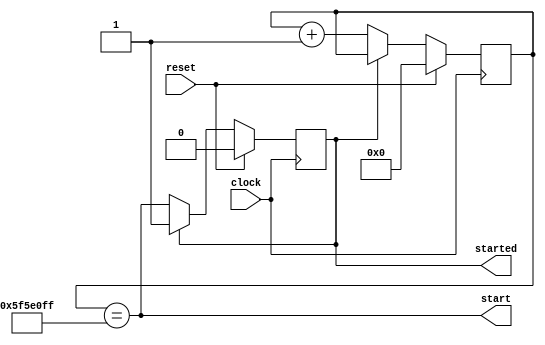
`default_nettype none

module start_timer(
	clock,
	reset,
	start,
	started
);

	parameter TIME = 32'd100000000; // 0.5s

	input wire clock;
	input wire reset;
	output reg start;
	output reg started = 1'b0;

	reg [31:0] count = 32'd0;

	always @(posedge clock) begin
		if(reset) begin
			count <= 32'd0;
		end
		else if(!started) begin
			count <= count + 32'd1;
		end
		else begin
			count <= count;
		end

		if(reset) begin
			started <= 1'b0;
		end	
		else if(!started) begin
			started <= start;
		end
		else begin
			started <= started;
		end
	end

	always @(*) begin
		start = (count == (TIME-32'd1));
	end
endmodule